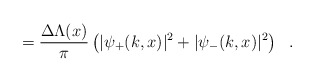
\begin{align*}=\frac{\Delta \Lambda(x)}{\pi} \left(|\psi_+(k,x)|^2 + |\psi_-(k,x)|^2 \right) \ \ .\end{align*}